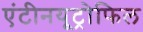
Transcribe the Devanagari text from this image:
एंटीनयूट्रोफिल